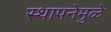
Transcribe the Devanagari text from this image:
स्थापनेमुळे